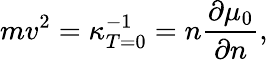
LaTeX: mv^{2}=\kappa_{T=0}^{-1}=n\frac{\partial\mu_{0}}{\partial n},